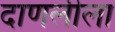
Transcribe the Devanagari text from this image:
दाणलीला